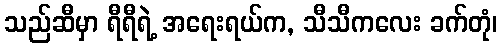
သည်ဆီမှာ ရီရီရဲ့ အရေးရယ်က, သီသီကလေး ခက်တုံ၊